King Institute of Preventive Medicine Micro-Biological Section reports 1909-11
Year: 1909
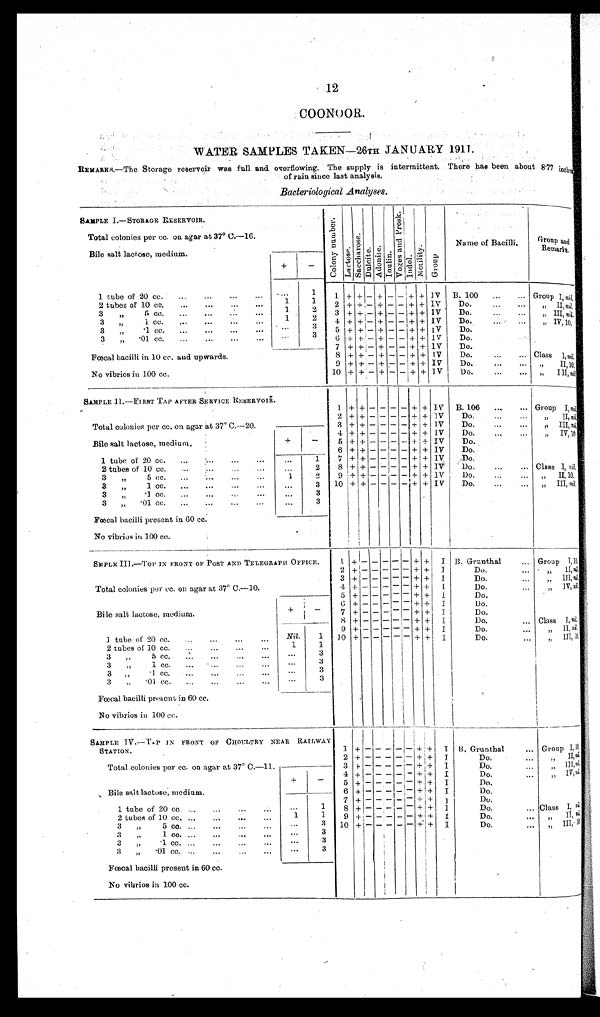
12
COONOOR.
WATER SAMPLES TAKEN—26TH JANUARY 1911.
REMARKS.—The Storage reservoir was full and overflowing. The supply is intermittent. There has been about 8.77 inches
of rain since last analysis.
Bacteriological Analyses.
SAMPLE I.—STORAGE RESERVOIR.
C o l o n y n u m b e r .
La c t o s e .
S a c c h a r o s e .
Du l c i t e . A d o n i t e .
I nul i n.
V o g e s a n d P r o s k .
I ndol .
Mo t i l i t y .
Group
Name of Bacilli.
Group and
Remarks.
Total colonies per cc. on agar at 37° C.—16.
Bile salt lactose, medium.
+
-
1 tube of 20 cc. ... ... ... ...
...
1 1 + + - + - - + + IV B. 100.
.
.
Group I,n i l .
2 tubes of 10 cc.
... ... ... ...
1 1
2 + + - + - - + + IV
Do. . . . . . .
„ II, nil
.
3 „ 5 cc.
1 2
3 + + - + - - + + IV
Do. . . . . . .
„ III,ni l
3 „ 1 cc.
1
2 4 + + - + - - + + IV
Do. . . . . . .
„ IV, 10
.
3 „ .1 cc.
...
3
5 + + - + - - + + IV
Do.
3 „ .01 cc.
...
...
...
...
3
6 + + - + - - + + IV
Do.
7 + + - + - - + + IV
Do.
Fœcal bacilli in 10 cc. and upwards.
8 + + - + - - + + IV
Do. . . . . . .
Class I, nil.
9 + + - + - - + + IV
Do. ... ... . . . „ II, 10.
No vibrios in 100 cc.
10 + + - + - - + + IV
Do.
..... „ III, ni l .
SAMPLE II.—FIRST TAP AFTER SERVICE RESERVOIR.
1 + + - - - - + + IV B. 106...... Group I, n i l .
Total colonies per cc. on agar at 37° C.—20.
2 + + - - - -
+
+ IV
Do..
...
„ II, n i l .
3 + + - - - - + + IV
Do. ...
„ III, n i l .
Bile salt lactose, medium.
+
-
4 + + - - - - + + IV
Do. ... ...
„ I V, 1 0 .
5 + + - - - - + + IV
Do
...
6 + + - - - - + + IV
Do.
1 tube of 20 cc. ... .. ... ...
... 1
7 + + - - - - + + IV
Do.
2 tubes of 10 cc.
...
... ...
2
8 + + - - - - + + IV
Do. ... ... Class I, n i l .
3 „ 5 cc.
1
2
9 + + - - - - + + IV
Do.... ... „ I I , 1 0 .
3 „ 1 cc.
...
3 10 + + - - - - + + IV
Do.... ... „ III, n i l .
3 „ .1 cc. ...
...
...
...
3
3 „ .01 cc.
... 3
Fœcal bacilli present in 60 cc.
No vibrios in 100 cc.
SMPLE III.—TOP IN FRONT OF POST AND TELEGRAPH OFFICE.
1 + - - - - - + + I B. Grunthal
... Group I, 10.
2
+ - - - - - + + I
Do.
... „ II, nil.
Total colonies per cc. on agar at 37° C.—10.
3 + - - - - - + + I
Do.
...
„
III, n i l .
4 + - - - - - + + 1
Do.
„ IV, nil.
5 + - - - - - + + I
Do.
Bile salt, lactose, medium.
+
-
6 + - - - - - + + I
Do.
7 + - - - - - + + I
Do.
8 + - - - - - + + I
Do.
... Class I, nil.
1 tube of 20 cc. ...
...
...
...
Nil.
1
9 + - - - - - + + I
Do.
... „ II, nil.
10 + - - - - - + + I
Do.
„ III, 10.
2 tubes or 10 cc. ...
...
...
...
1
1
3
„
5 cc.
...
3
3 „ 1 cc. ... ... ...
...
3
3 „
.1 cc.
...
3
3 „ .01 cc. ... ... ...
...
3
Fœcal bacilli present in 60 cc.
No vibrios in 100 cc.
SAMPLE IV.—TAP IN FRONT OF CHOULTRY NEAR RAILWAY
STATION.
1 + - - - - - + + I B. Grunthal
... Group I, 10.
2 + - - - - - + +
I
Do.
„ II nil.
Total colonies per cc. on agar at 37° C.—11.
3 + - - - - - + +
I
Do.
„ III,nil.
4 + - - - - - + + I
Do.
„ IV nil.
Bile salt lactose, medium.
+
-
5 + - - - - - + +
I
Do.
6 + - - - - - + +
I
Do.
1 tube of 20 cc.
...
1
7 + - - - - - + +
I
Do.
8 + - - - - - + +
I
Do.
... Class I, nil.
2 tubes of 10 cc. ...
...
...
...
1
1
9 + - - - - - + + I
Do.
„ II, nil.
3 „ 5 c c .
...
3 10 + - - - - - + + I
Do.
..
„ III, ni l .
3 „ 1 c c .
...
3
3 „ .1 cc. . ...
...
. . .
...
3
3 „ .01 cc. ... ... ... ...
...
3
Fœcal bacilli present in 60 cc.
No vibrios in 100 cc.